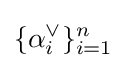
\{\alpha _{i}^{\vee }\}_{i=1}^{n}